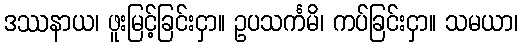
ဒဿနာယ၊ ဖူးမြင့်ခြင်းငှာ။ ဥပသင်္ကမိ၊ ကပ်ခြင်းငှာ။ သမယာ၊